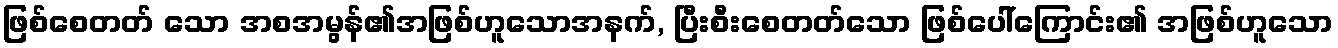
ဖြစ်စေတတ် သော အစအမွန်၏အဖြစ်ဟူသောအနက်, ပြီးစီးစေတတ်သော ဖြစ်ပေါ်ကြောင်း၏ အဖြစ်ဟူသော